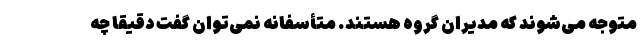
متوجه می‌شوند که مدیران گروه هستند. متأسفانه نمی‌توان گفت دقیقا چه